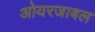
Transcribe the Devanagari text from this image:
ओयरजाबल